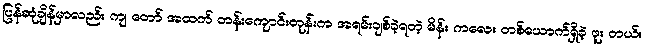
ပြန်ဆုံချိန်မှာလည်း ကျ တော် အထက် တန်းကျောင်းတုန်းက အရမ်းချစ်ခဲ့ရတဲ့ မိန်း ကလေး တစ်ယောက်ရှိခဲ့ ဖူး တယ်။